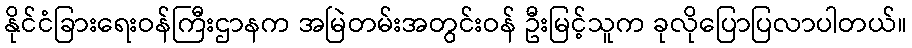
နိုင်ငံခြားရေးဝန်ကြီးဌာနက အမြဲတမ်းအတွင်းဝန် ဦးမြင့်သူက ခုလိုပြောပြလာပါတယ်။